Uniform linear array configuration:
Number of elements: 8
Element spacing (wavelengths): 1
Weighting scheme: uniform
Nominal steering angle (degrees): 30
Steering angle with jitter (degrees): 30.388
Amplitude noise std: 0.05
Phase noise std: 0.05

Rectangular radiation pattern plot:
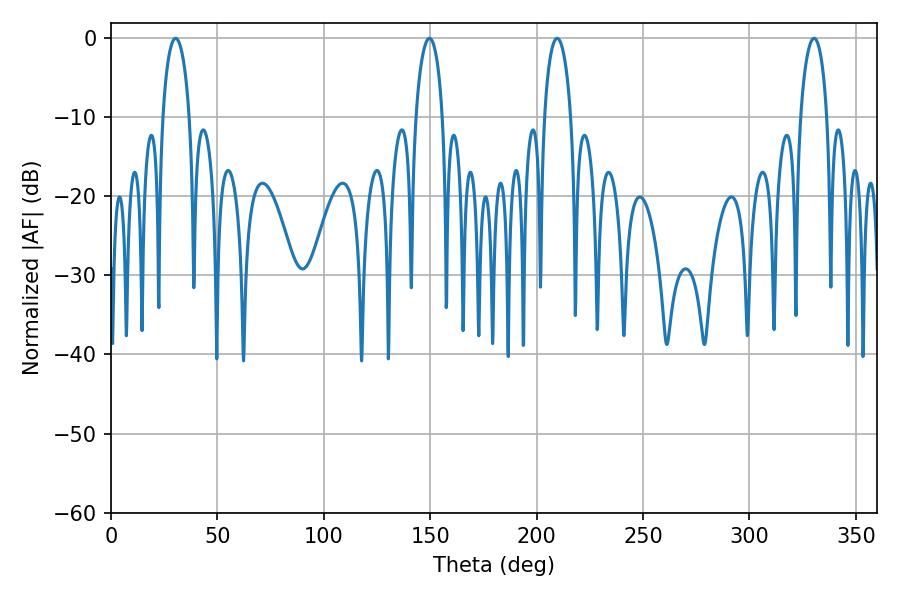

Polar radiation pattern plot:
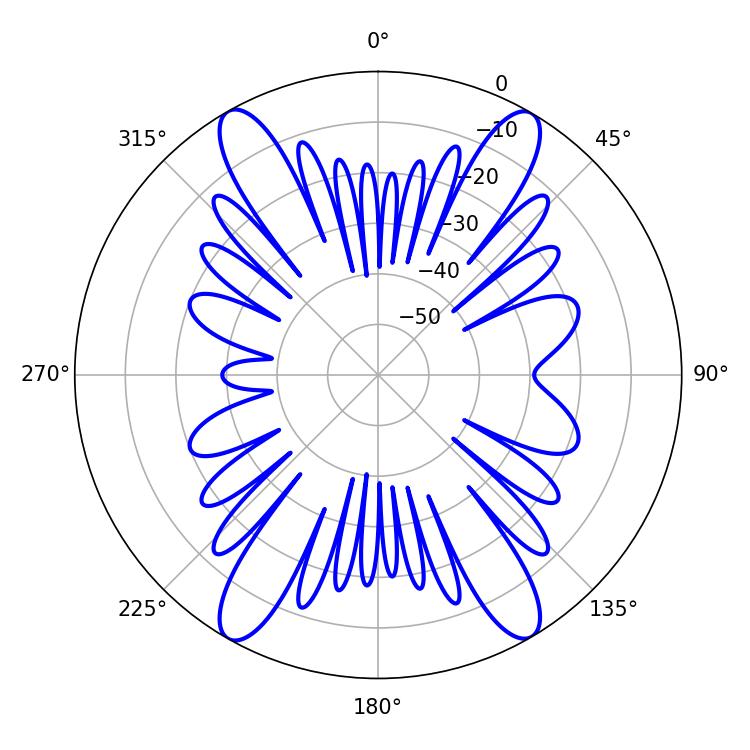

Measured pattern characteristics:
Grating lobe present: TRUE
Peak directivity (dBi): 23.78
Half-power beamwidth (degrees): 7.2
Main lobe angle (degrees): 30.42